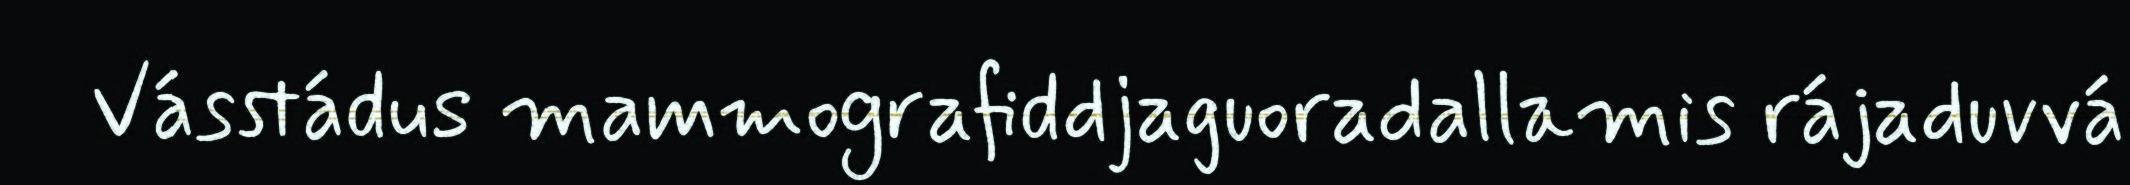
Vásstádus mammografiddjaguoradallamis rájaduvvá